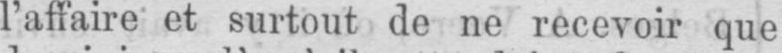
l’affaire et surtout de ne recevoir que